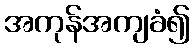
အကုန်အကျခံ၍